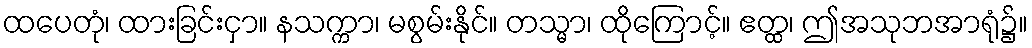
ထပေတုံ၊ ထားခြင်းငှာ။ နသက္ကာ၊ မစွမ်းနိုင်။ တသ္မာ၊ ထိုကြောင့်။ ဧတ္ထ၊ ဤအသုဘအာရုံ၌။